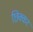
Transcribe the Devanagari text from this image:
छिक्कर